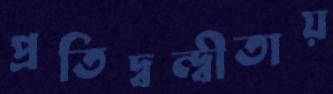
প্রতিদ্বন্দ্বীতায়